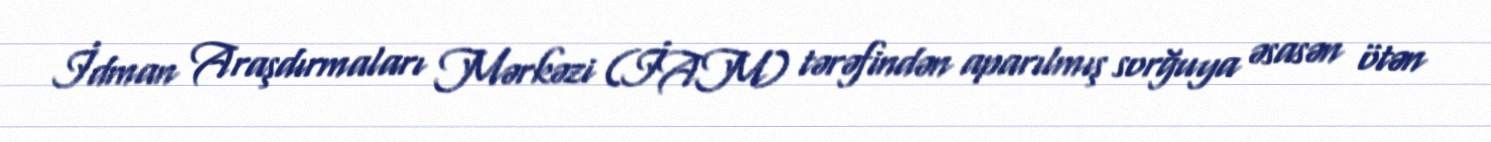
İdman Araşdırmaları Mərkəzi (İAM) tərəfindən aparılmış sorğuya əsasən ötən